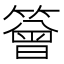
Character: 䉕